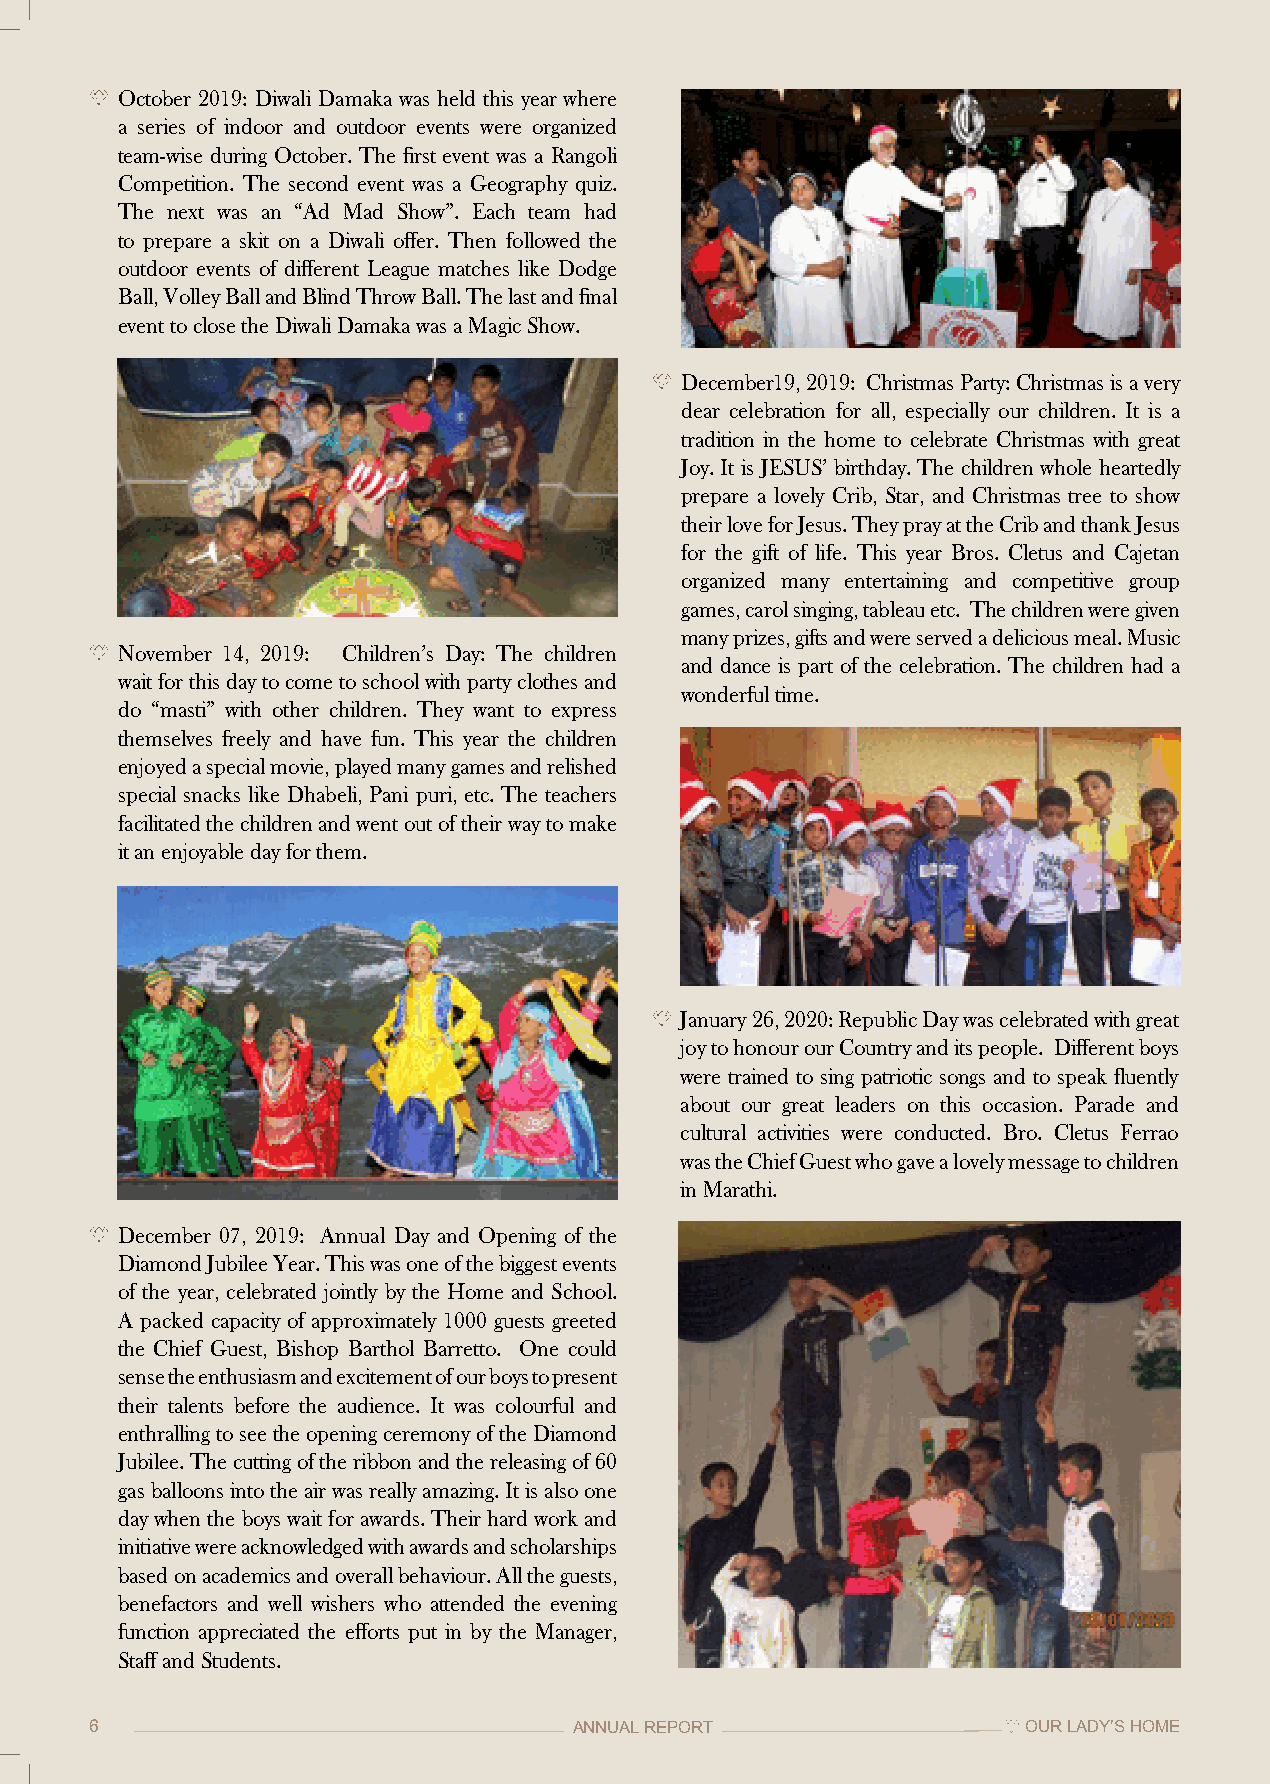
October 2019: Diwali Damaka was held this year where
 a series of indoor and outdoor events were organized
 team-wise during October. The first event was a Rangoli
 Competition. The second event was a Geography quiz.
 The next was an “Ad Mad Show”. Each team had
 to prepare a skit on a Diwali offer. Then followed the
 outdoor events of different League matches like Dodge
 Ball, Volley Ball and Blind Throw Ball. The last and final
 event to close the Diwali Damaka was a Magic Show.
 December19, 2019: Christmas Party: Christmas is a very
 dear celebration for all, especially our children. It is a
 tradition in the home to celebrate Christmas with great
 Joy. It is JESUS’ birthday. The children whole heartedly
 prepare a lovely Crib, Star, and Christmas tree to show
 their love for Jesus. They pray at the Crib and thank Jesus
 for the gift of life. This year Bros. Cletus and Cajetan
 organized many entertaining and competitive group
 games, carol singing, tableau etc. The children were given
 many prizes, gifts and were served a delicious meal. Music
 November 14, 2019: Children’s Day: The children
 and dance is part of the celebration. The children had a
 wait for this day to come to school with party clothes and
 wonderful time.
 do “masti” with other children. They want to express
 themselves freely and have fun. This year the children
 enjoyed a special movie, played many games and relished
 special snacks like Dhabeli, Pani puri, etc. The teachers
 facilitated the children and went out of their way to make
 it an enjoyable day for them.
 January 26, 2020: Republic Day was celebrated with great
 joy to honour our Country and its people. Different boys
 were trained to sing patriotic songs and to speak fluently
 about our great leaders on this occasion. Parade and
 cultural activities were conducted. Bro. Cletus Ferrao
 was the Chief Guest who gave a lovely message to children
 in Marathi.
 December 07, 2019: Annual Day and Opening of the
 Diamond Jubilee Year. This was one of the biggest events
 of the year, celebrated jointly by the Home and School.
 A packed capacity of approximately 1000 guests greeted
 the Chief Guest, Bishop Barthol Barretto. One could
 sense the enthusiasm and excitement of our boys to present
 their talents before the audience. It was colourful and
 enthralling to see the opening ceremony of the Diamond
 Jubilee. The cutting of the ribbon and the releasing of 60
 gas balloons into the air was really amazing. It is also one
 day when the boys wait for awards. Their hard work and
 initiative were acknowledged with awards and scholarships
 based on academics and overall behaviour. All the guests,
 benefactors and well wishers who attended the evening
 function appreciated the efforts put in by the Manager,
 Staff and Students.
 6                               ANNUAL REPORT                 OUR LADY’S HOME